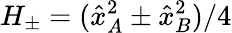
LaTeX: H_{\pm}=(\hat{x}_{A}^{2}\pm\hat{x}_{B}^{2})/4